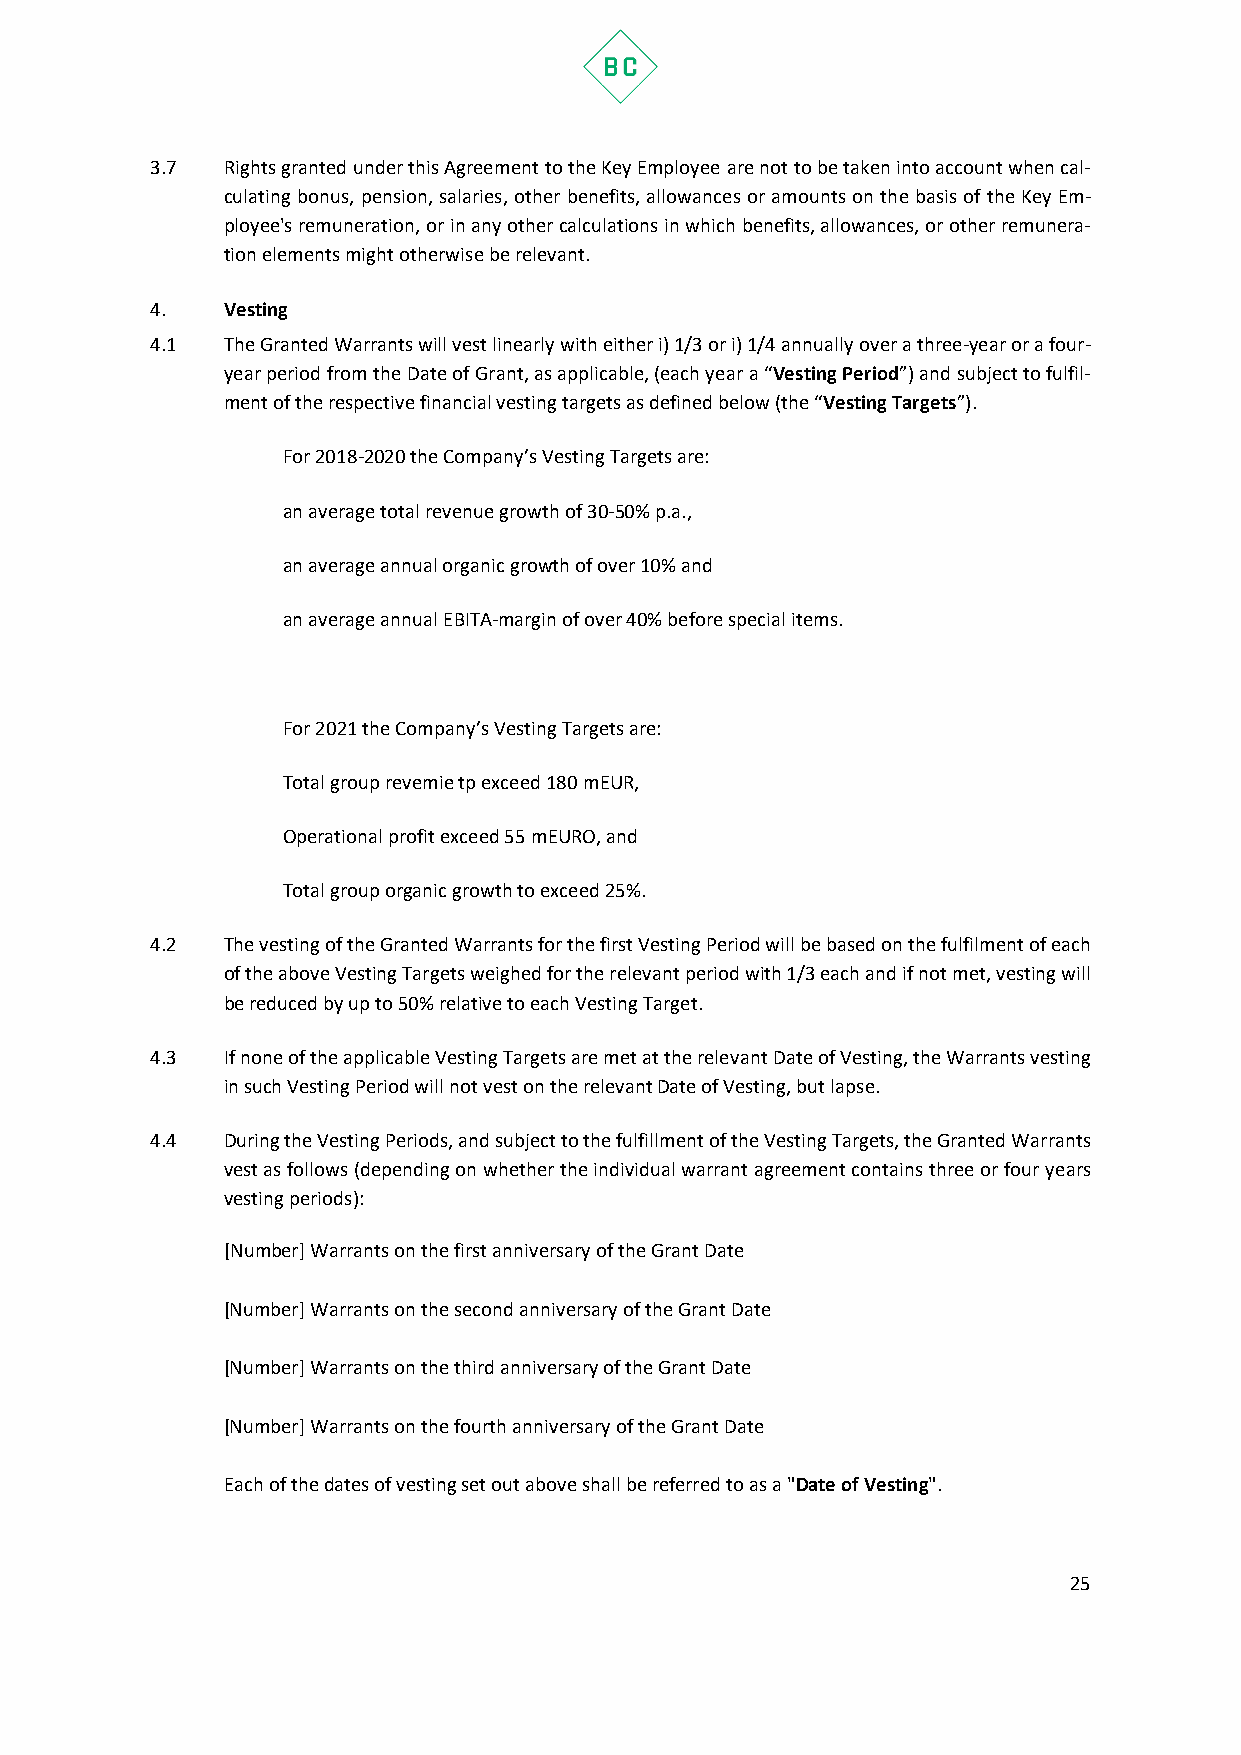
3.7  Rights granted under this Agreement to the Key Employee are not to be taken into account when cal-
 culating bonus, pension, salaries, other benefits, allowances or amounts on the basis of the Key Em-
 ployee's remuneration, or in any other calculations in which benefits, allowances, or other remunera-
 tion elements might otherwise be relevant.
 4.   Vesting
 4.1  The Granted Warrants will vest linearly with either i) 1/3 or i) 1/4 annually over a three-year or a four-
 year period from the Date of Grant, as applicable, (each year a “Vesting Period”) and subject to fulfil-
 ment of the respective financial vesting targets as defined below (the “Vesting Targets”).
 For 2018-2020 the Company’s Vesting Targets are:
 an average total revenue growth of 30-50% p.a.,
 an average annual organic growth of over 10% and
 an average annual EBITA-margin of over 40% before special items.
 For 2021 the Company’s Vesting Targets are:
 Total group revemie tp exceed 180 mEUR,
 Operational profit exceed 55 mEURO, and
 Total group organic growth to exceed 25%.
 4.2  The vesting of the Granted Warrants for the first Vesting Period will be based on the fulfilment of each
 of the above Vesting Targets weighed for the relevant period with 1/3 each and if not met, vesting will
 be reduced by up to 50% relative to each Vesting Target.
 4.3  If none of the applicable Vesting Targets are met at the relevant Date of Vesting, the Warrants vesting
 in such Vesting Period will not vest on the relevant Date of Vesting, but lapse.
 4.4  During the Vesting Periods, and subject to the fulfillment of the Vesting Targets, the Granted Warrants
 vest as follows (depending on whether the individual warrant agreement contains three or four years
 vesting periods):
 [Number] Warrants on the first anniversary of the Grant Date
 [Number] Warrants on the second anniversary of the Grant Date
 [Number] Warrants on the third anniversary of the Grant Date
 [Number] Warrants on the fourth anniversary of the Grant Date
 Each of the dates of vesting set out above shall be referred to as a "Date of Vesting".
 25